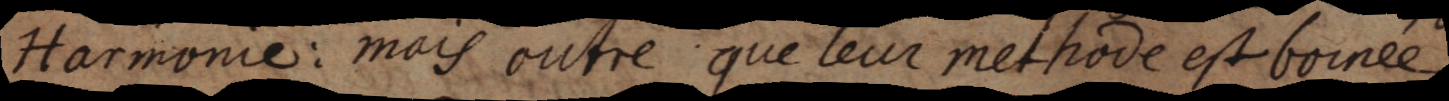
Harmonie: mais outre que leur methode est bornée